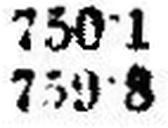
759·8